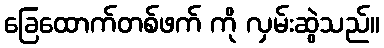
ခြေထောက်တစ်ဖက် ကို လှမ်းဆွဲသည်။